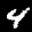
Label: 4